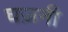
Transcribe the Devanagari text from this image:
घज़नी